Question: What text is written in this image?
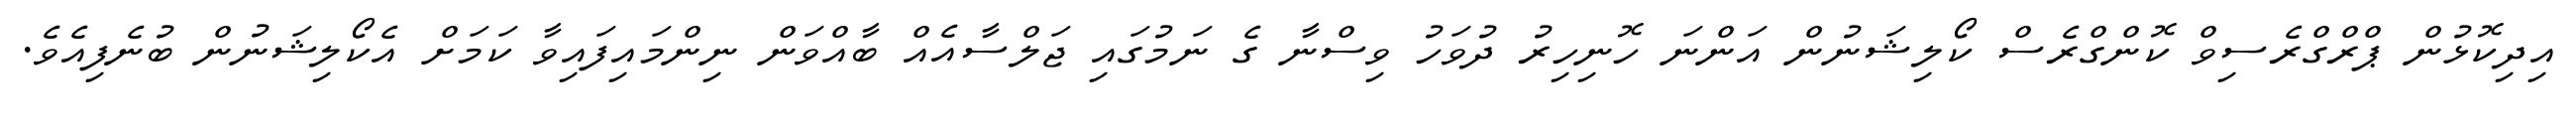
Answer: އިދިކޮޅުން ޕްރްގްރެސިވް ކޮންގްރެސް ކޯލިޝަނުން އަންނަ ހޮނިހިރު ދުވަހު ވިސްނާ ގެ ނަމުގައި ޖަލްސާއެއް ބާއްވަން ނިންމައިފައިވާ ކަމަށް އެކޯލިޝަނުން ބުނެފިއެވެ.